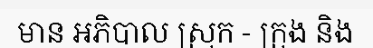
មាន អភិបាល ស្រុក - ក្រុង និង